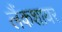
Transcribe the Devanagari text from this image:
लैंकशायर